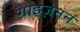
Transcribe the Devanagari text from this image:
ग्राइज़ेनन